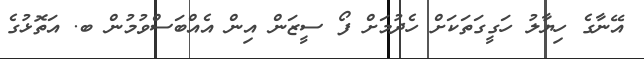
އޭނާގެ ހިޔާލު ހަގީގަތަކަށް ހެދުމަށް ފޯ ސީޒަން އިން އެއްބަސްވުމުން ބ. އަތޮޅުގެ